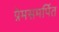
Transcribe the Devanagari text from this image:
प्रेमसमर्पित